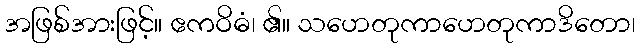
အဖြစ်အားဖြင့်။ ဧကဝိဓံ၊ ၏။ သဟေတုကာဟေတုကာဒိတော၊